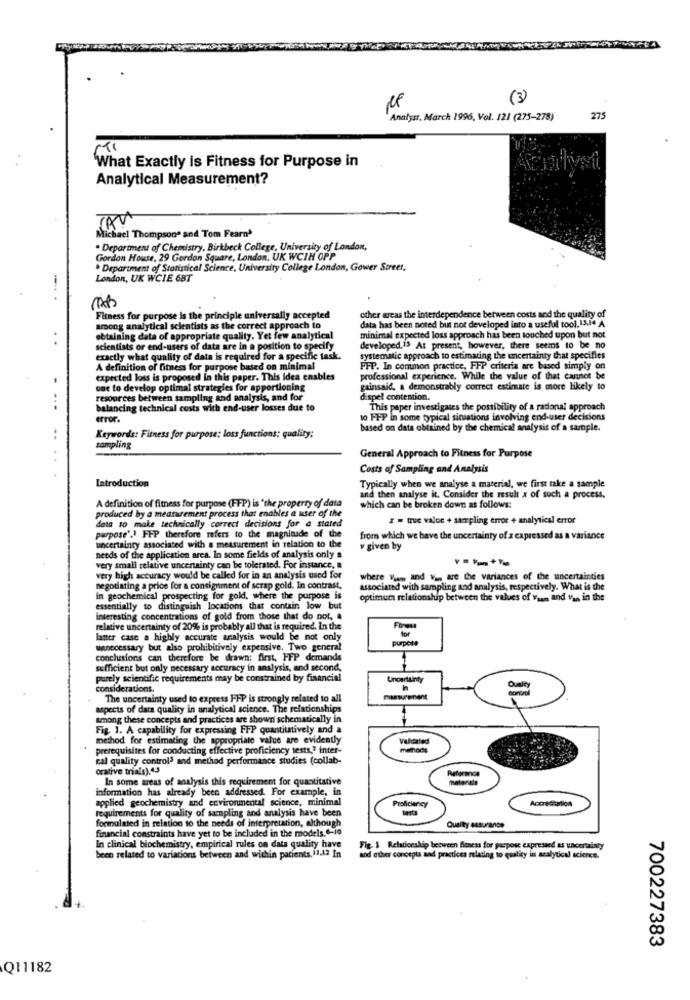
(3)
Analyss. March 1996, Vol. 121 (275-278)
275
What Exactly is Fitness for Purpose in
Analytical Measurement?
Michael Thompson' and Tom Fearn'
. Department of Chemistry, Birkbeck College, University of London,
Gordon House, 29 Gordon Square, London, UK WCIH OPP
. Department of Statistical Science, University College London, Gower Street.
London, UK WCIE 68T
Fitness for purpose is the principle universally accepted
other areas the interdependence between costs and the quality of
among analytical scientists as the correct approach to
data has been noted but not developed into a useful tool. 13.14 A
obtaining data of appropriate quality. Yet few analytical
minimal expected loss approach has been touched upon but not
scientists or end-users of data are in a position to specify
developed,13 At present, however, there seems to be no
exactly what quality of data is required for a specific task.
systematic approach to estimating the uncertainty that specifies
A definition of fitness for purpose based on minimal
FFP. In common practice, FFP criteria are based simply on
expected loss is proposed In this paper. This Idea enables
professional experience. While the value of that cannot be
coe to develop optimal strategies for apportioning
gainsaid, a demonstrably correct estimate is more likely to
resources between sampling and analysis, and for
dispel contention.
balancing technical costs with end-user losses due to
This paper investigates the possibility of a rational approach
error.
to FFP in some typical situations involving end-user decisions
based on data obtained by the chemical analysis of a sample.
Keywords: Fitness for purpose; loss functions; quality:
sampling
General Approach to Fitness for Purpose
Costs of Sampling and Analysis
Introduction
Typically when we analyse a material, we first take a sample
A definition of fitness for purpose (FFP) is "the property of data
and then analyse it. Consider the result x of such a process.
which can be broken down as follows:
produced by a measurement process that enables a user of the
data 10 make technically correct decisions for a stated
z = true value + sampling error + analytical error
purpose'." FFP therefore refers to the magnitude of the
from which we have the uncertainty of x expressed as a variance
uncertainty associated with a measurement in relation to the
v given by
needs of the application area. In some fields of analysis only a
very small relative uncertainty can be tolerated. For instance, a
very high accuracy would be called for in an analysis used for
where Wiam and Va, are the variances of the uncertainties
negotiating a price for a consignment of scrap gold. In contrast,
associated with sampling and analysis, respectively. What is the
in geochemical prospecting for gold, where the purpose is
optimum relationship between the values of ysam and Va, in the
essentially to distinguish locations that contain low but
interesting concentrations of gold from those that do not, a
relative uncertainty of 20% is probably all that is required. In the
for
laner case a highly accurate analysis would be not only
purpose
unnecessary but also prohibitively expensive. Two general
conclusions can therefore be drawn: first, FFP demands
sufficient but only necessary accuracy in analysis, and second,
purely scientific requirements may be constrained by financial
Uncertainty
considerations.
The uncertainty used to express FFP is strongly related to all
measurement
aspects of data quality in analytical science. The relationships
among these concepts and practices are shown schematically in
Fig. 1. A capability for expressing FFP quantitatively and a
method for estimating the appropriate value are evidently
Validated
prerequisites for conducting effective proficiency tests,2 inter-
metods
cal quality control3 and method performance studies (collab-
orative trials) 43
In some areas of analysis this requirement for quantitative
materials
information has already been addressed. For example, in
applied geochemistry and environmental science, minimal
Proficiency
Accreditation
requirements for quality of sampling and analysis have been
tests
Quality assurance
formulated in relation to the needs of interpretation, although
financial constraints have yet to be included in the models."-io
In clinical biochemistry, empirical rules on data quality have
Fig. 1 Relationship between Aeness for purpose expressed as uncertainty
been related to variations between and within patients. 11.12 In
and other concepts and practices relating to quality in analytical science.
700227383
Q11182